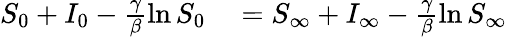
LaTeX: \begin{array}{rl}{S_{0}+I_{0}-\frac{\gamma}{\beta}\ln S_{0}}&{{}=S_{\infty}+I_{\infty}-\frac{\gamma}{\beta}\ln S_{\infty}}\end{array}